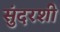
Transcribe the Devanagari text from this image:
सुंदरशी